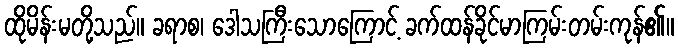
ထိုမိန်းမတို့သည်။ ခရာစ၊ ဒေါသကြီးသောကြောင့် ခက်ထန်ခိုင်မာကြမ်းတမ်းကုန်၏။